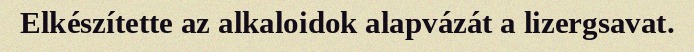
Elkészítette az alkaloidok alapvázát a lizergsavat.